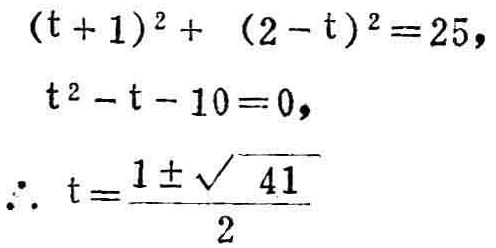
\((t + 1)^2 + (2 - t)^2 = 25,\)

\(t^2 - t - 10 = 0,\)

\(\therefore t = \frac{1 \pm \sqrt{41}}{2}\)